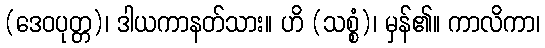
(ဒေဝပုတ္တ)၊ ဒါယကာနတ်သား။ ဟိ (သစ္စံ)၊ မှန်၏။ ကာလိကာ၊